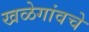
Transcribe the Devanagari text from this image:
खळेगांवचे